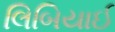
લિબિયાઈ